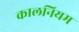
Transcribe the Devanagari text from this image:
कालनियम